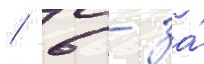
/ 6 - за́